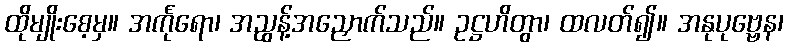
ထိုမျိုးစေ့မှ။ အင်္ကုရော၊ အညွန့်အညှောက်သည်။ ဥဋ္ဌဟိတွာ၊ ထလတ်၍။ အနုပုဗ္ဗေန၊